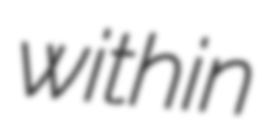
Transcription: within